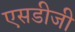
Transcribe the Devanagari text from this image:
एसडीजी